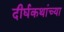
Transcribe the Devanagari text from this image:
दीर्घकथांच्या